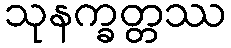
သုနက္ခတ္တဿ